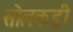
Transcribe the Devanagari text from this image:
सोलकडी